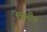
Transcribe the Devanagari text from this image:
भितीत